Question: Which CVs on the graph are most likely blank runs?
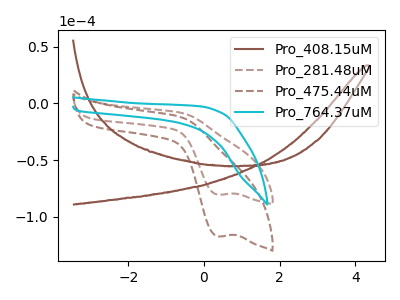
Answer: <think>The brown curve "Pro_408.15uM" has no peaks. The brown dashed curve "Pro_281.48uM" has a cathodic peak at: (0.35V, -80.45uA). The brown dashed curve "Pro_475.44uM" has a cathodic peak at: (0.35V, -117.25uA). The cyan curve "Pro_764.37uM" has no peaks.</think>
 <answer>"Pro_408.15uM" and "Pro_764.37uM" are likely to be blanks.</answer>
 <eval>"Pro_408.15uM", "Pro_764.37uM"</eval>